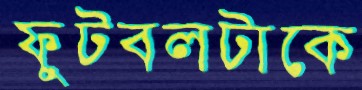
ফুটবলটাকে